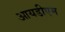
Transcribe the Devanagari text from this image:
आयडीएम